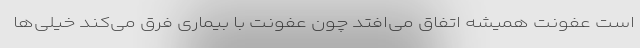
است عفونت همیشه اتفاق می‌افتد چون عفونت با بیماری فرق می‌کند خیلی‌ها